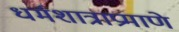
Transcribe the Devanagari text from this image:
धर्मशात्राप्रमाणे